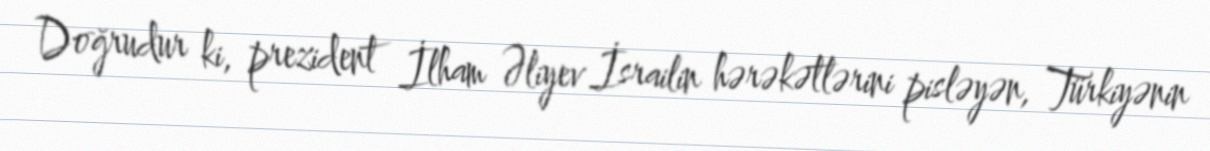
Doğrudur ki, prezident İlham Əliyev İsrailin hərəkətlərini pisləyən, Türkiyənin